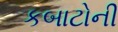
કબાટોની